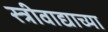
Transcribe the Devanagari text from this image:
स्त्रीवाद्याच्या